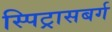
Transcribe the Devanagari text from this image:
स्पिट्रासबर्ग